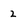
Character: 2